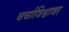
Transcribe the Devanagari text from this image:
चर्चाविश्वावर